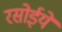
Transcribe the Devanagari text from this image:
रसोईये